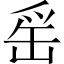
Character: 䍃